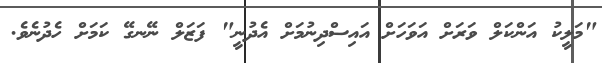
"މަލީކު އަންކަލް ވަރަށް އަވަހަށް އައިސްދިނުމަށް އެދުނީ" ފަޒަލް ނޭނގޭ ކަމަށް ހެދުނެވެ.